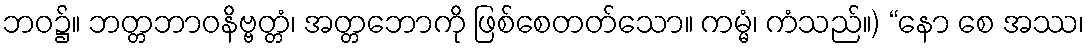
ဘဝ၌။ ဘတ္တဘာဝနိဗ္ဗတ္တံ၊ အတ္တဘောကို ဖြစ်စေတတ်သော။ ကမ္မံ၊ ကံသည်။) “နော စေ အဿ၊